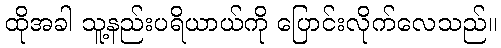
ထိုအခါ သူ့နည်းပရိယာယ်ကို ပြောင်းလိုက်လေသည်။